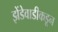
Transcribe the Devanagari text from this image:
झेंडेवाडीकडून